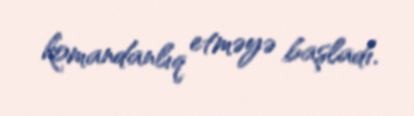
komandanlıq etməyə başladı.